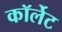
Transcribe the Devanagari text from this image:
कॉर्लेट